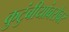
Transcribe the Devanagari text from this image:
कुटुंबीयांबरोबर